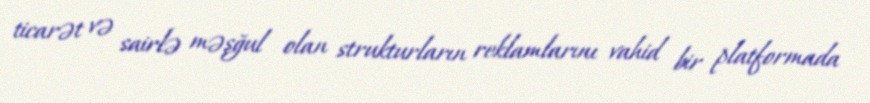
ticarət və sairlə məşğul olan strukturların reklamlarını vahid bir platformada